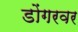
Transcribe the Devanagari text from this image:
डोंगरवर